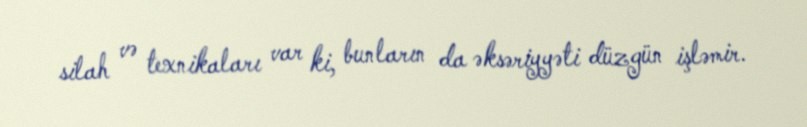
silah və texnikaları var ki, bunların da əksəriyyəti düzgün işləmir.